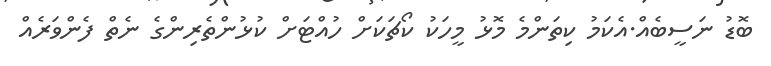
ބޮޑު ނަސީބެއް.އެކަމު ކިތަންމެ މޮޅު މީހަކު ކޯޗަކަށް ހުއްޓަށް ކުޅުންތެރިންގެ ނެތް ފެންވަރެއް